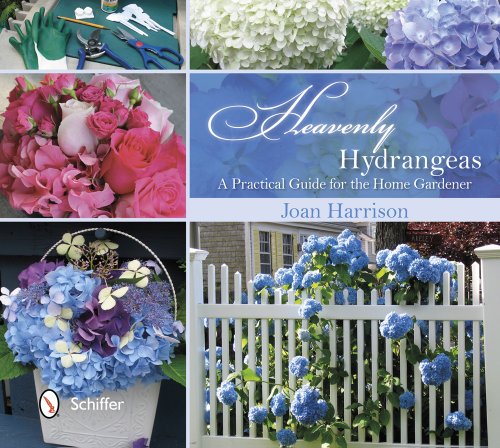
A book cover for Heavenly Hydrangeas: A Practical Guide for the Home Gardener; Joan Harrison; Crafts, Hobbies & Home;